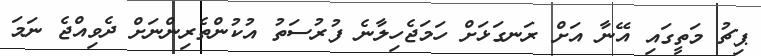
ޕިޗު މަތީގައި އޭނާ އަށް ރަނގަޅަށް ހަމަޖެހިލާނެ ފުރުސަތު އުކުންތެރިންނަށް ދެވިއްޖެ ނަމަ